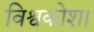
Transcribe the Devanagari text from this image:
विश्वकोश।